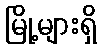
မြို့များရှိ